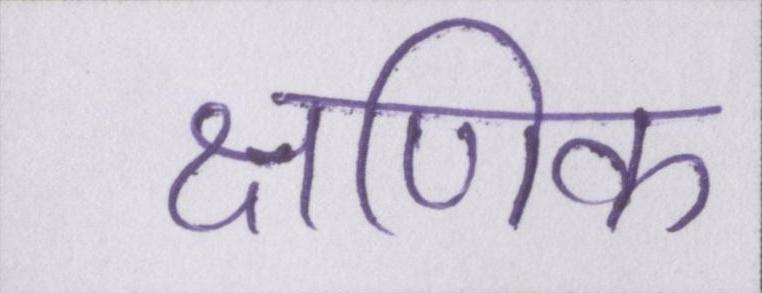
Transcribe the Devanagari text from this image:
क्षणिक